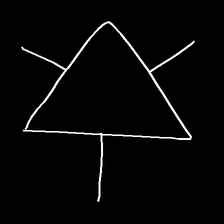
Glyph: fire